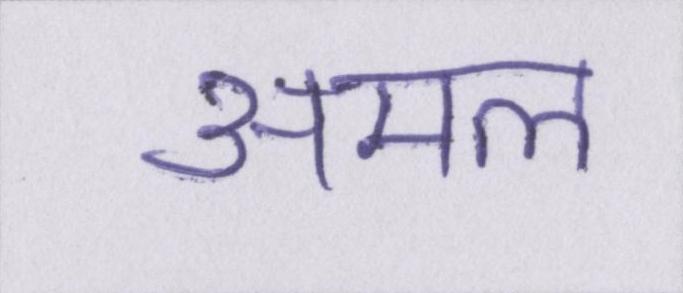
अमल